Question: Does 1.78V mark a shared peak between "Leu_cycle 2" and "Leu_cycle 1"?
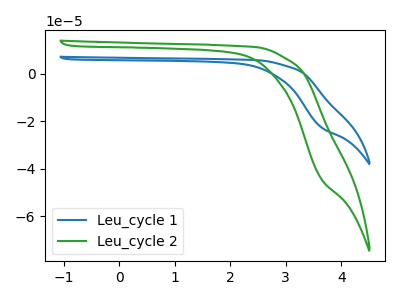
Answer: <think>The blue curve "Leu_cycle 1" has no peaks. The green curve "Leu_cycle 2" has no peaks.</think>
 <answer>No, "Leu_cycle 2" and "Leu_cycle 1" dont share a peak at 1.78V.</answer>
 <eval>mismatch</eval>